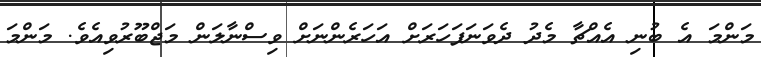
މަންމަ އެ ބުނި އެއްޗާ މެދު ދެވަނަފަހަރަށް އަހަރެންނަށް ވިސްނާލަން މަޖްބޫރުވިއެވެ. މަންމަ